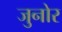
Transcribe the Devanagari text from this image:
जुनोर